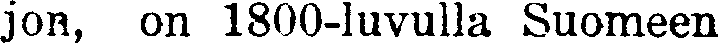
jon, on 1800-luvulla Suomeen